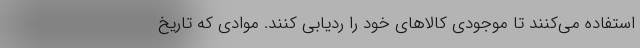
استفاده می‌کنند تا موجودی کالاهای خود را ردیابی کنند. موادی که تاریخ